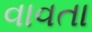
વાવતા